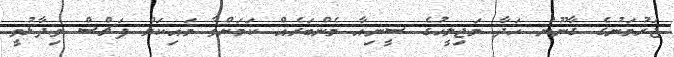
ޖަރުމަނުގެ ގާނޫނު ހަދާ މަޖިލީހުގެ ސީނިއާ މެންބަރެއް ކަމަށްވާ މައިކަލް ފަޗްސް ވިދާޅުވީ